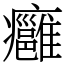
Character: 癰